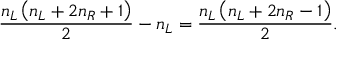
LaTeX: \frac { n _ { L } \left( n _ { L } + 2 n _ { R } + 1 \right) } 2 - n _ { L } = \frac { n _ { L } \left( n _ { L } + 2 n _ { R } - 1 \right) } 2 .